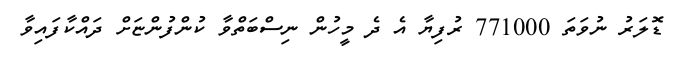
ޑޮލަރު ނުވަތަ 771000 ރުފިޔާ އެ ދެ މީހުން ނިސްބަތްވާ ކުންފުންޏަށް ދައްކާފައިވާ